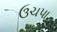
ઉચપા